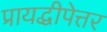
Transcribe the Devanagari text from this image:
प्रायद्धीपेत्तर